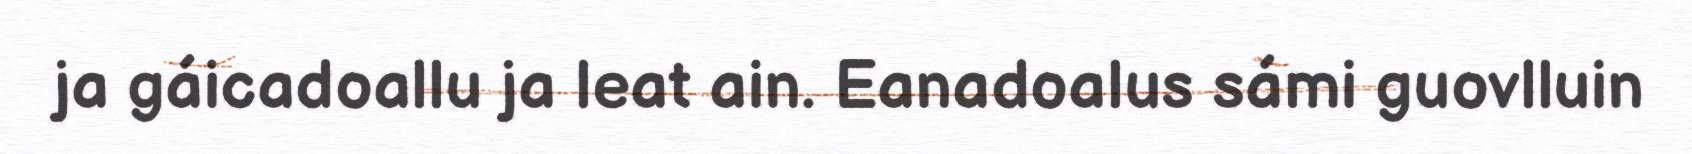
ja gáicadoallu ja leat ain. Eanadoalus sámi guovlluin